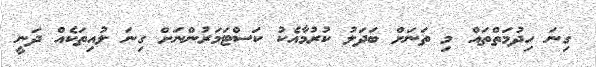
ގިނަ ހިދުމަތްތައް މި ތަނަށް ބަދަލު ކުރުމާއެކު ކަސްޓަމަރުންނަށް ގިނަ ލުއިތަކެއް ދަނީ